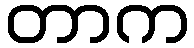
တာက